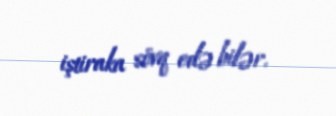
iştiraka sövq edə bilər.